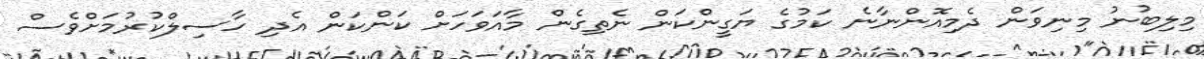
މިލިބުނު މިނިވަން ދެމިއޮންނާނެ ކަމުގެ ޔަގީންކަން ނެތިގެން މާއަވަހަށް ކަންކަން އެދި ހާސިލްކުރުމަށްވެސް